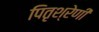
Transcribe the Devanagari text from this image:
पितृश्रेणी